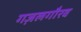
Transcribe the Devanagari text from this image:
गज़लगौरव